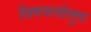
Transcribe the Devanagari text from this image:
विषयलोलुप